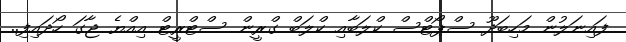
ފައިނަލުން މަހިބަދޫ ސްޕޯޓްސް ކްލަބާއި ކްލަބް ގްރީން ސްޓްރީޓް އިއްޔެ ޖާގަ ހޯދައިފި..